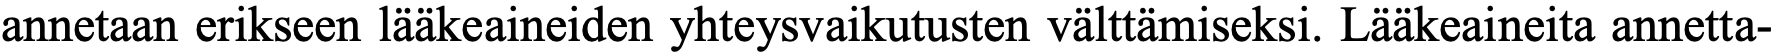
annetaan erikseen lääkeaineiden yhteysvaikutusten välttämiseksi. Lääkeaineita annetta-